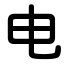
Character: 电